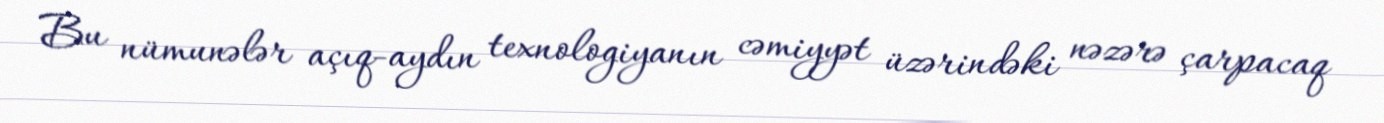
Bu nümunələr açıq-aydın texnologiyanın cəmiyyət üzərindəki nəzərə çarpacaq